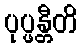
ပုပ္ဖန္တီတိ